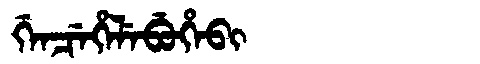
Manchu: ᡤᡝᠨᠴᡝᡥᡝᠯᡝᠪᡠᡥᡝᠪᡳ
Romanization: GENCEHELEBUHEBI